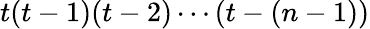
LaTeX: t(t-1)(t-2)\cdots(t-(n-1))